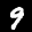
Label: 9